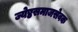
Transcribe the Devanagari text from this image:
ज्येष्ठसमाजसेवक